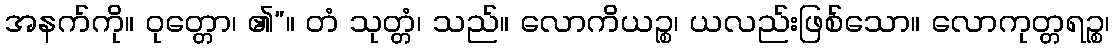
အနက်ကို။ ဝုတ္တော၊ ၏”။ တံ သုတ္တံ၊ သည်။ လောကိယဉ္စ၊ ယလည်းဖြစ်သော။ လောကုတ္တရဉ္စ၊